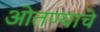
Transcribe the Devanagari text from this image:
ओतण्याचे